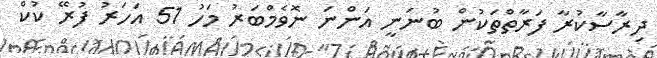
ދިރާސާކުރާ ފަރާތްތަކުން ބުނަނީ އަންނަ ނޮވެމްބަރު މަހު 51 އަހަރު ފުރޭ ކުކް